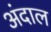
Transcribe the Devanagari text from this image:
अंदाल